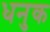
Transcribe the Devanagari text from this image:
धनुक